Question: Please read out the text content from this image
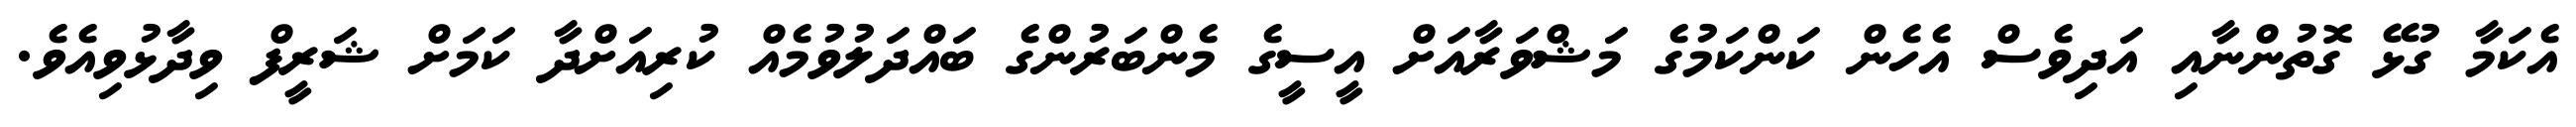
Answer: އެކަމާ ގުޅޭ ގޮތުންނާއި އަދިވެސް އެހެން ކަންކަމުގެ މަޝްވަރާއަށް އީސީގެ މެންބަރުންގެ ބައްދަލުވުމެއް ކުރިއަށްދާ ކަމަށް ޝަރީފް ވިދާޅުވިއެވެ.